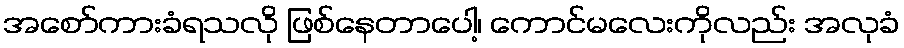
အစော်ကားခံရသလို ဖြစ်နေတာပေါ့၊ ကောင်မလေးကိုလည်း အလုခံ